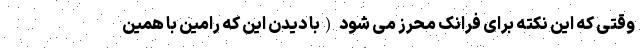
وقتی که این نکته برای فرانک محرز می شود (با دیدن این که رامین با همین